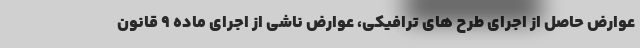
عوارض حاصل از اجرای طرح های ترافیکی، عوارض ناشی از اجرای ماده ۹ قانون